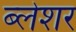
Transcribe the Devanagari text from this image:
ब्लेशर